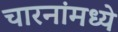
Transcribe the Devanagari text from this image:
चारनांमध्ये